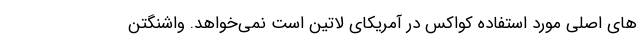
های اصلی مورد استفاده کواکس در آمریکای لاتین است نمی‌خواهد. واشنگتن